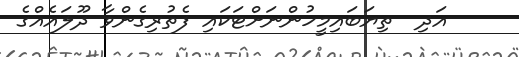
އަދި  ތިޔަބައިމީހުންނަށްޓަކައި ފެތުރިގެންވާ ދޫލައެއްގެ